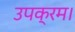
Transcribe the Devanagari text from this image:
उपक्रम।